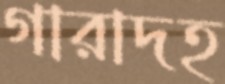
গারাদহ